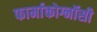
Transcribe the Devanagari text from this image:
फार्माकोग्नॉसी